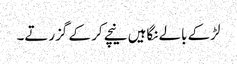
لڑکے بالے نگاہیں نیچے کر کے گزرتے۔